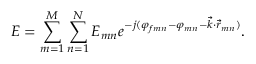
E = \sum _ { m = 1 } ^ { M } \sum _ { n = 1 } ^ { N } E _ { m n } e ^ { - j ( \varphi _ { f m n } - \varphi _ { m n } - \vec { k } \cdot \vec { r } _ { m n } ) } .